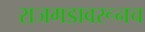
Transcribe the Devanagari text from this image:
राजगडावरूनच